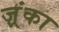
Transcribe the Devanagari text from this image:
ज़्रंका